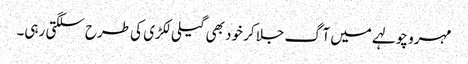
مہرو چولہے میں آگ جلا کر خود بھی گیلی لکڑی کی طرح سلگتی رہی۔